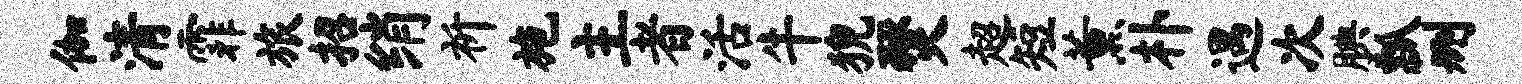
伽清霏旅招绡祈施主者活牛猊燹超短薰朴遇次腆瓢删